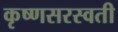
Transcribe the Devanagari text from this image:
कृष्णसरस्वती